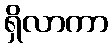
ရှိလာကာ